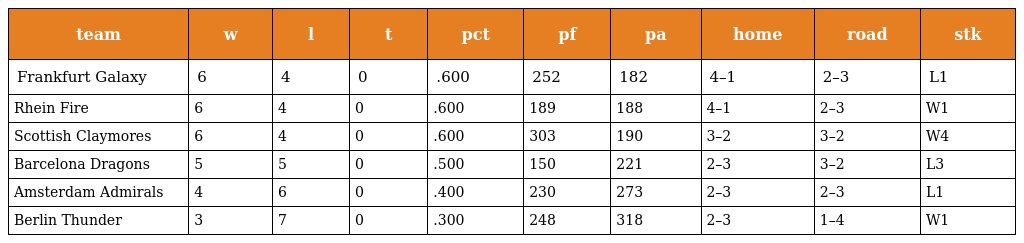
| team | w | l | t | pct | pf | pa | home | road | stk |
 | --- | --- | --- | --- | --- | --- | --- | --- | --- | --- |
 | Frankfurt Galaxy | 6 | 4 | 0 | .600 | 252 | 182 | 4–1 | 2–3 | L1 |
 | Rhein Fire | 6 | 4 | 0 | .600 | 189 | 188 | 4–1 | 2–3 | W1 |
 | Scottish Claymores | 6 | 4 | 0 | .600 | 303 | 190 | 3–2 | 3–2 | W4 |
 | Barcelona Dragons | 5 | 5 | 0 | .500 | 150 | 221 | 2–3 | 3–2 | L3 |
 | Amsterdam Admirals | 4 | 6 | 0 | .400 | 230 | 273 | 2–3 | 2–3 | L1 |
 | Berlin Thunder | 3 | 7 | 0 | .300 | 248 | 318 | 2–3 | 1–4 | W1 |